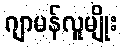
ဂျာမန်လူမျိုး